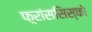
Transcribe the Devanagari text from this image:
फ़्रांससिस्को